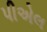
પીએલ